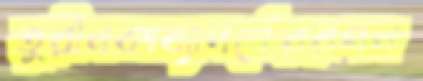
তুরীনকাব্যাদর্শেররণন